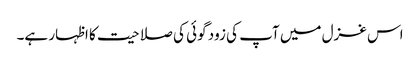
اس غزل میں آپ کی زود گوئی کی صلاحیت کا اظہار ہے۔